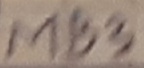
Text: MB3